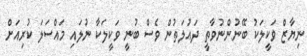
ނިޔާޒް ވަކީލަކު ބޭނުންނުވާތީ ދައުލަތުން ވެސް ބުނީ ވަކީލަކާ ނުލައި މައްސަލަ ކުރިއަށް